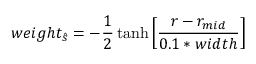
w e i g h t _ { \hat { s } } = - \frac { 1 } { 2 } \operatorname { t a n h } \left[ \frac { r - r _ { m i d } } { 0 . 1 * w i d t h } \right]